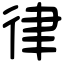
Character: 律